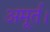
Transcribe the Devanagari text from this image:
अमूर्त।